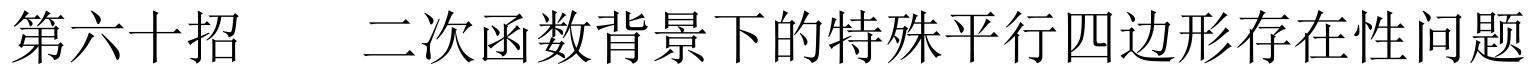
第六十招  二次函数背景下的特殊平行四边形存在性问题